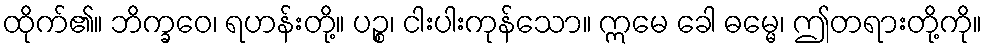
ထိုက်၏။ ဘိက္ခဝေ၊ ရဟန်းတို့။ ပဉ္စ၊ ငါးပါးကုန်သော။ ဣမေ ခေါ ဓမ္မေ၊ ဤတရားတို့ကို။